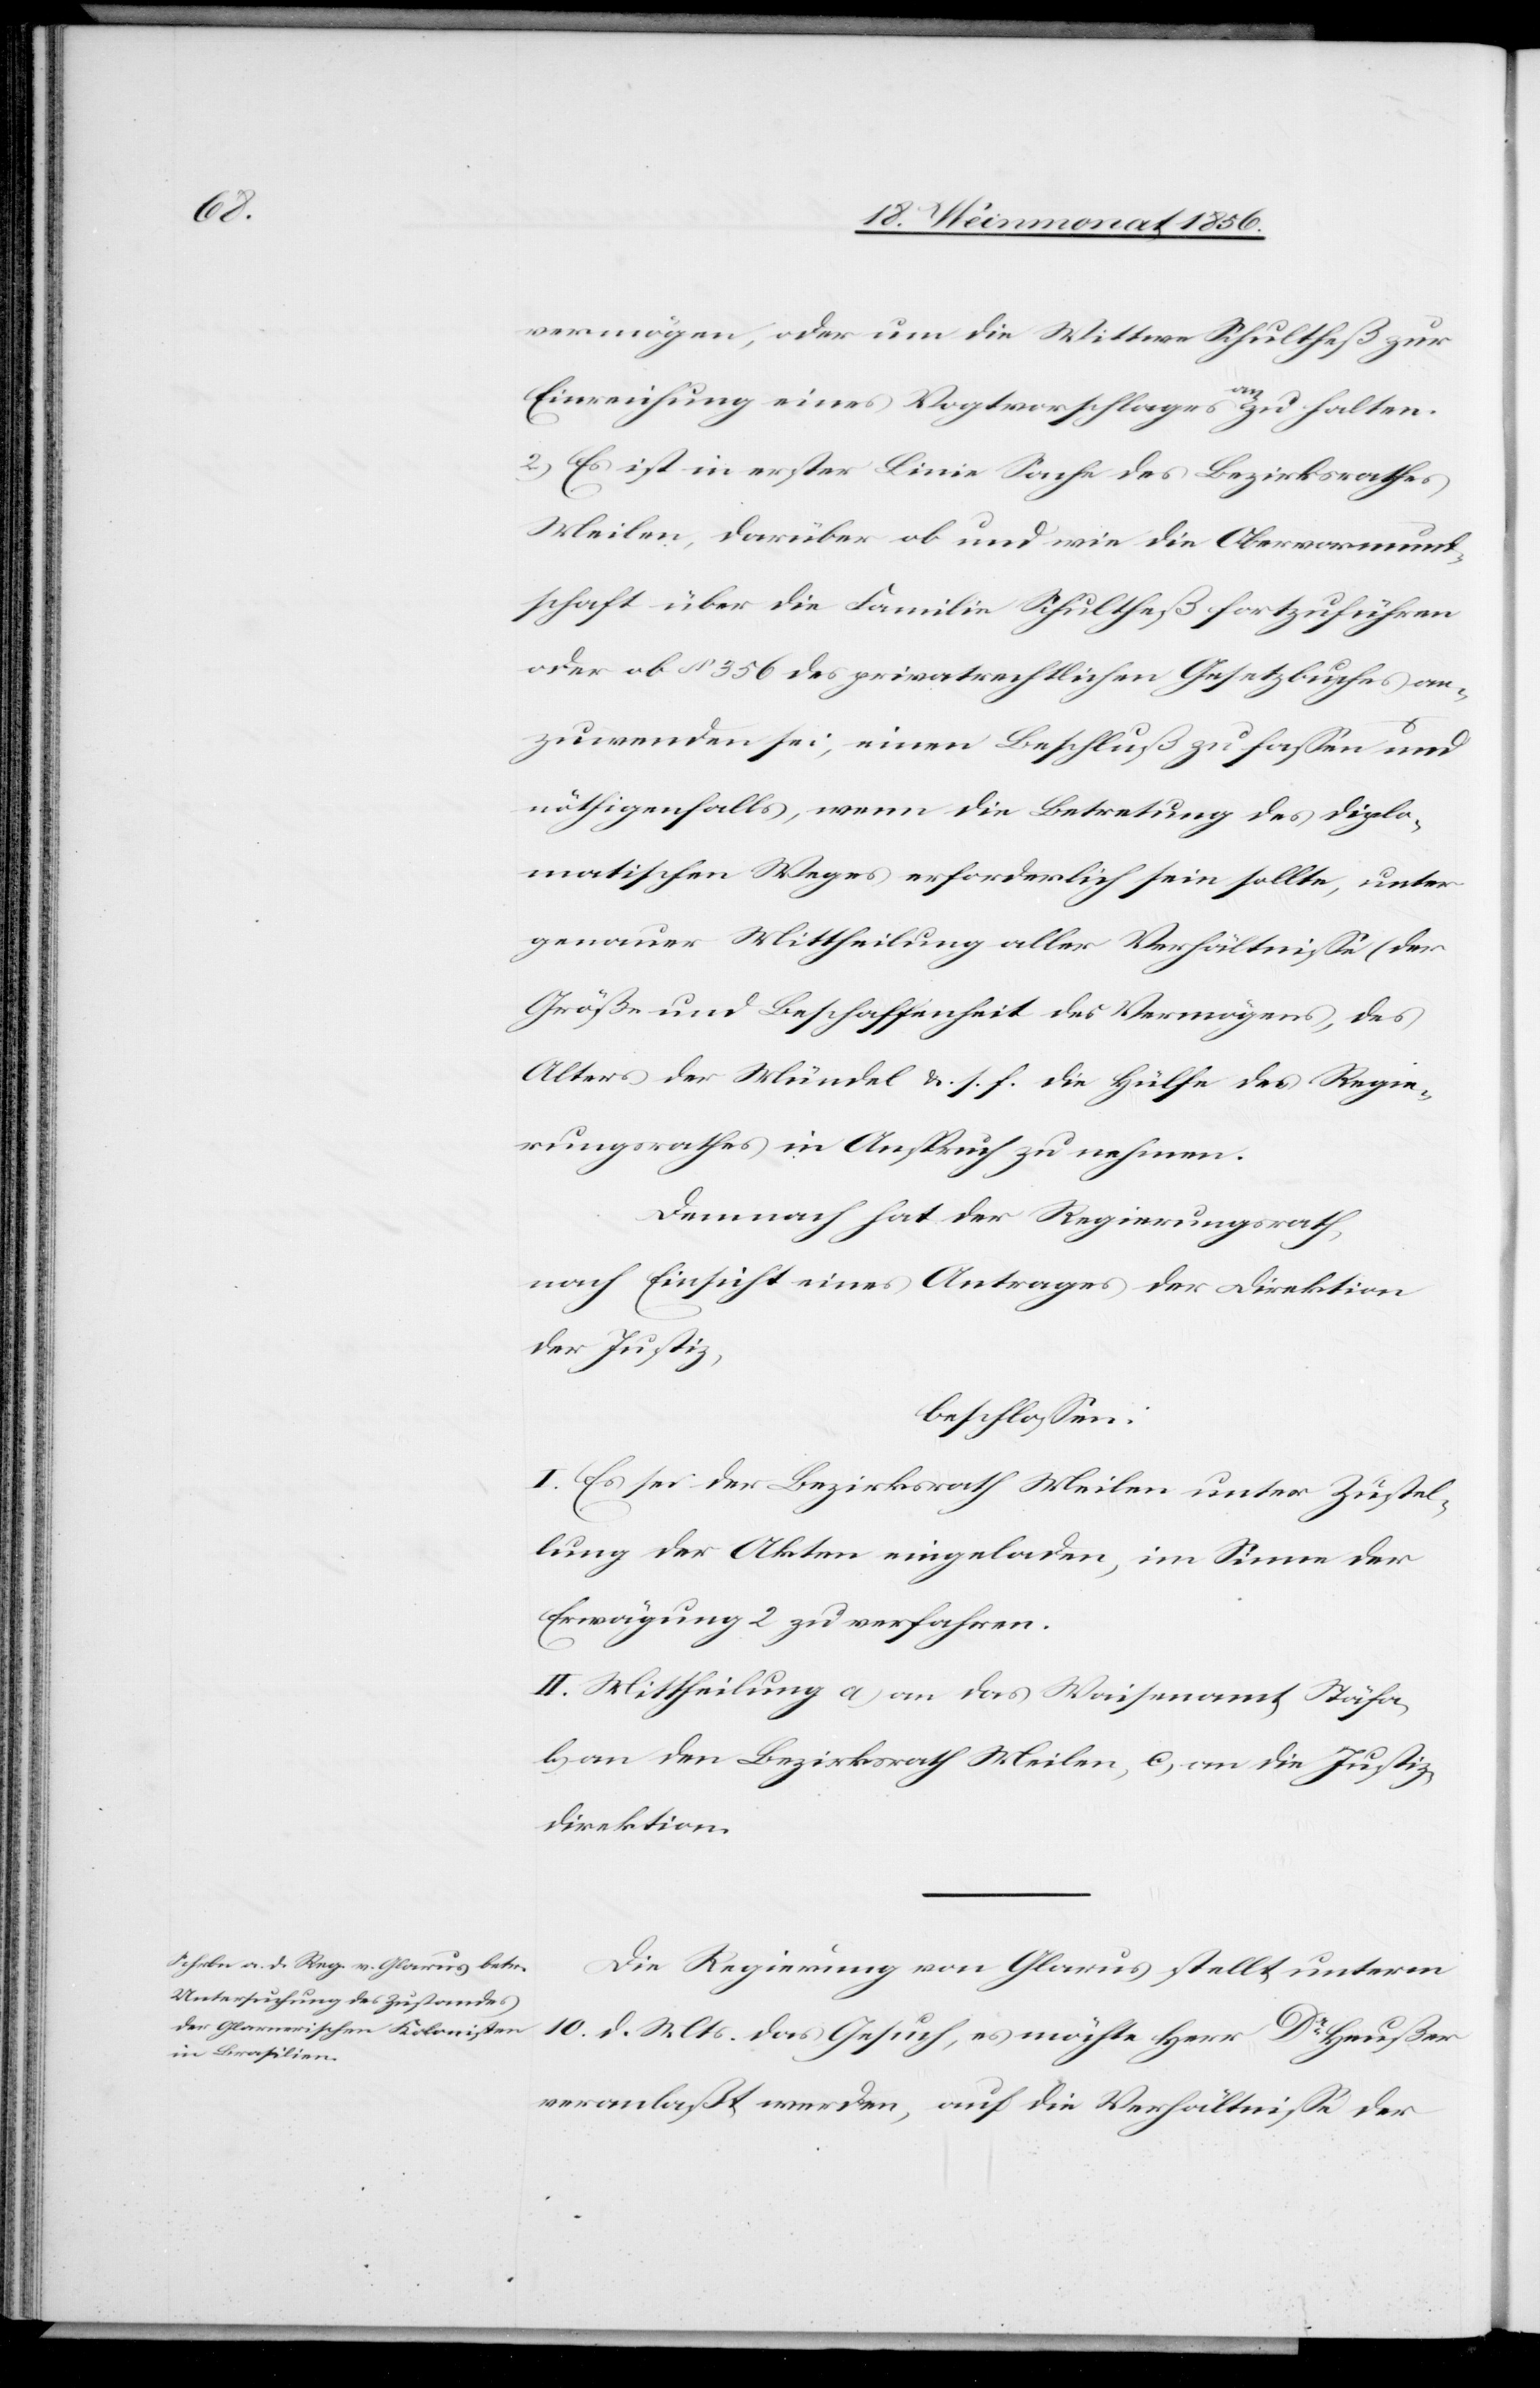
vermögen, oder um die Wittwe Schultheß zur
Einreichung eines Vogtvorschlages a-an-a zu halten.
2.) Es ist in erster Linie Sache des Bezirksrathes
Meilen, darüber ob und wie die Obervormund¬
schaft über die Familie Schultheß fortzuführen
oder ob § 356 des privatrechtlichen Gesetzbuches an¬
zuwenden sei, einen Beschluß zu fassen und
nöthigenfalls, wenn die Betretung des diplo¬
matischen Weges erforderlich sein sollte, unter
genauer Mittheilung aller Verhältnisse (der
Größe und Beschaffenheit des Vermögens, des
Alters der Mündel &. s. f.[)] die Hülfe des Regie¬
rungsrathes in Anspruch zu nehmen.
Demnach hat der Regierungsrath,
nach Einsicht eines Antrages der Direktion
der Justiz,
beschlossen:
I. Es sei der Bezirksrath Meilen unter Zustel¬
lung der Akten eingeladen, im Sinne der
Erwägung 2 zu verfahren.
II. Mittheilung a) an das Waisenamt Stäfa,
b) an den Bezirksrath Meilen, c) an die Justiz¬
direktion.
Die Regierung von Glarus stellt unterm
10. d. Mts. das Gesuch, es möchte Herr Dr Heußer
veranlaßt werden, auf die Verhältnisse der